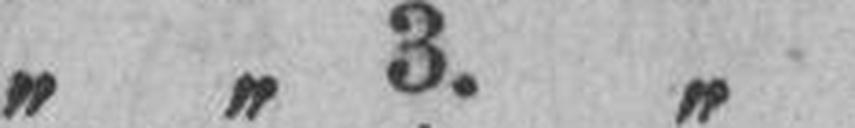
„ „ 3. „